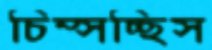
চিম্‌সচ্ছিস